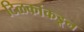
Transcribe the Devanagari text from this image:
टिळकांकडून